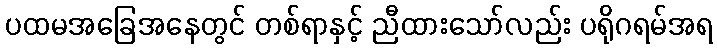
ပထမအခြေအနေတွင် တစ်ရာနှင့် ညီထားသော်လည်း ပရိုဂရမ်အရ